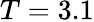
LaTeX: T=3.1